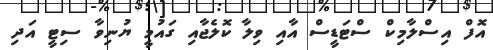
އޮފް އިސްލާމިކް ސްޓަޑީސް އާއި ވިލާ ކޮލެޖާއި ގައުމީ ޔުނިވާ ސިޓީ އަދި